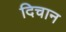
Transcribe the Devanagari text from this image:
दिचान